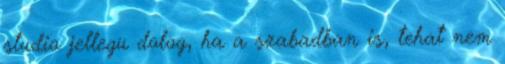
studio jellegu dolog, ha a szabadban is, tehat nem